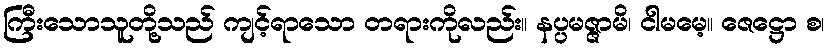
ကြီးသောသူတို့သည် ကျင့်ရာသော တရားကိုလည်း။ နပ္ပမဇ္ဇာမိ၊ ငါမမေ့။ ဇေဋ္ဌော စ၊